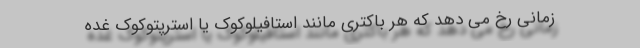
زمانی رخ می دهد که هر باکتری مانند استافیلوکوک یا استرپتوکوک غده